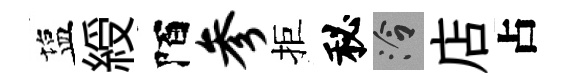
塩綬陌参拒秘泠店占